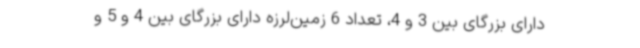
دارای بزرگای بین 3 و 4، تعداد 6 زمین‌لرزه دارای بزرگای بین 4 و 5 و